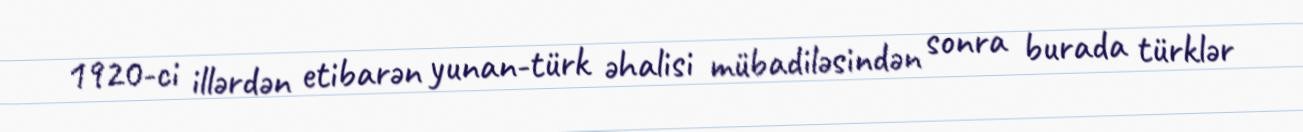
1920-ci illərdən etibarən yunan-türk əhalisi mübadiləsindən sonra burada türklər